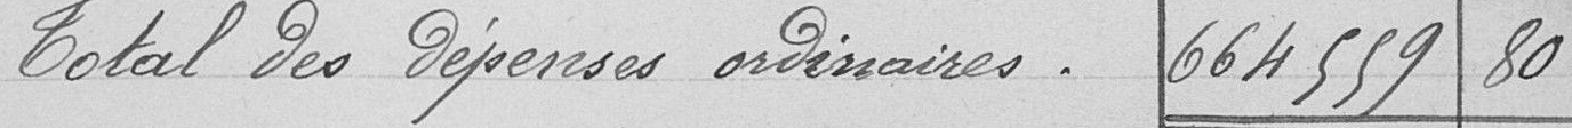
Total des dépenses ordinaires 664 559,80